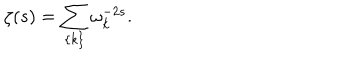
\zeta ( s ) = \sum _ { \{ k \} } \omega _ { k } ^ { - 2 s } .